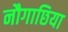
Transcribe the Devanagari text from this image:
नौगाछिया